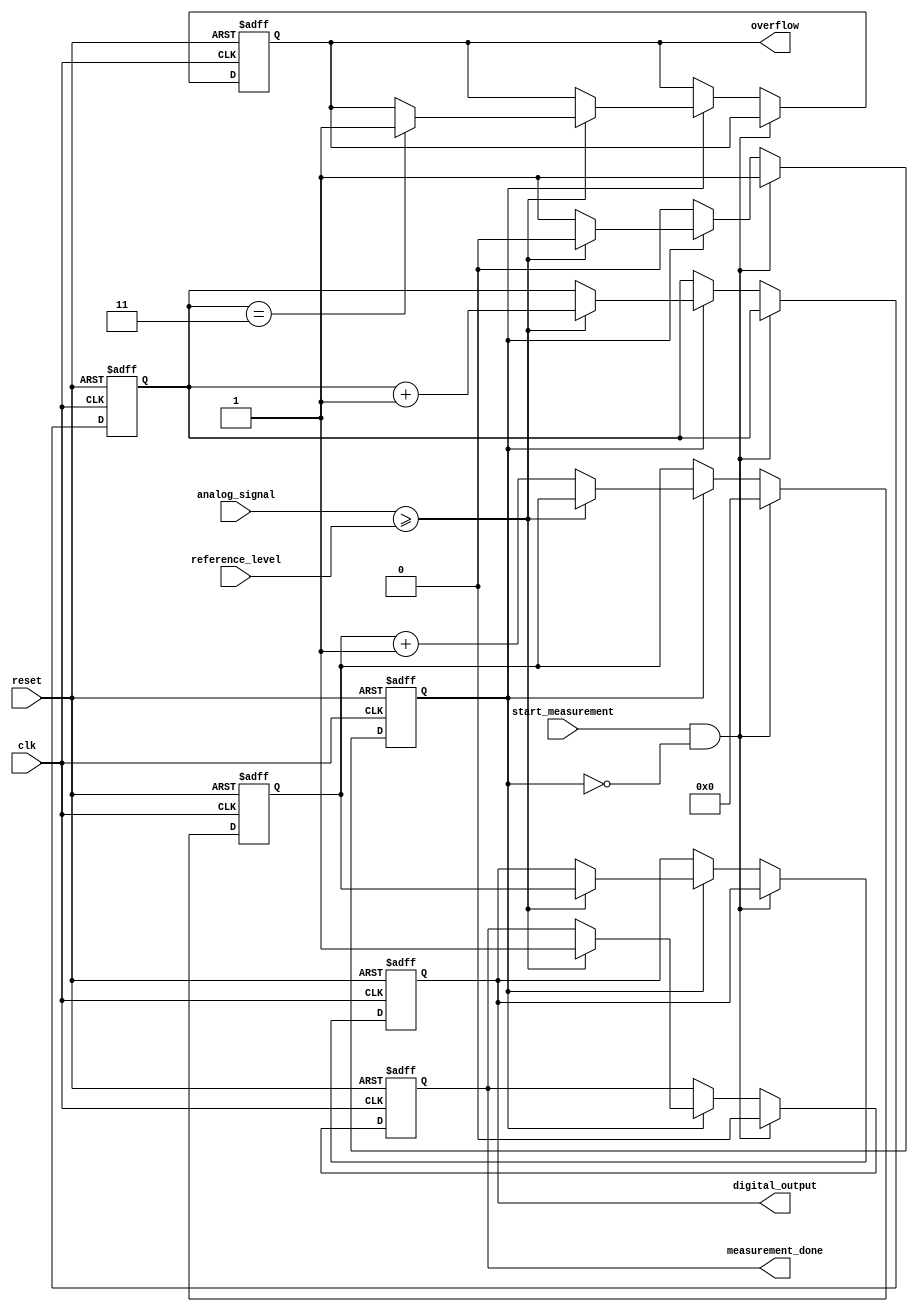
module AnalogTDC (
    input wire clk,              // High-frequency clock signal
    input wire reset,            // Asynchronous reset signal
    input wire analog_signal,     // Incoming analog signal (1 bit for simplicity in this example)
    input wire reference_level,   // Reference threshold level for comparison
    input wire start_measurement, // Signal to start measurement
    output reg [15:0] digital_output, // 16-bit digital output to store the time measurement
    output reg measurement_done,   // Signal to indicate measurement completion
    output reg overflow            // Signal for overflow condition
);

    reg [15:0] timer;               // Timer for counting clock cycles
    reg measuring;                  // State to indicate measurement is in progress

    // Memory Block (FIFO) implementation (basic example)
    reg [15:0] memory [0:3];        // Simple FIFO memory of depth 4
    reg [1:0] write_ptr, read_ptr;  // Pointers for writing and reading from FIFO

    initial begin
        timer = 0;
        digital_output = 0;
        write_ptr = 0;
        read_ptr = 0;
        measurement_done = 0;
        overflow = 0;
        measuring = 0;
    end

    // Sampling mechanism (for the sake of simplicity, we will consider 1-bit analog signal)
    always @(posedge clk or posedge reset) begin
        if (reset) begin
            timer <= 0;
            digital_output <= 0;
            write_ptr <= 0;
            read_ptr <= 0;
            measurement_done <= 0;
            overflow <= 0;
            measuring <= 0;
        end
        else if (start_measurement && !measuring) begin
            measuring <= 1;           // Start measuring
            timer <= 0;              // Reset timer
            measurement_done <= 0;    // Clear done signal
        end
        else if (measuring) begin
            if (analog_signal >= reference_level) begin
                measurement_done <= 1; // Measurement is completed
                digital_output <= timer; // Store the count into digital output
                memory[write_ptr] <= digital_output; // Store to memory
                write_ptr <= write_ptr + 1;       // Increment write pointer

                // Check for overflow
                if (write_ptr == 3) begin
                    overflow <= 1;              // Set overflow flag if memory is full
                end
                measuring <= 0;               // Stop measuring
            end
            else begin
                timer <= timer + 1;          // Increment timer on every clock cycle
            end
        end
    end

    // Update read pointer (for demonstration purposes, assume that data is read externally)
    always @(posedge clk) begin
        if (measurement_done) begin
            read_ptr <= write_ptr; // For now, read pointer follows the write pointer.
        end
    end

endmodule